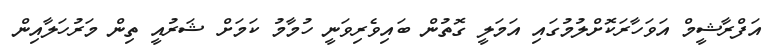
އަފްރާޝީމް އަވަހާރަކޮށްލުމުގައި އަމަލީ ގޮތުން ބައިވެރިވަނީ ހުމާމު ކަމަށް ޝަރުއީ ތިން މަރުހަލާއިން